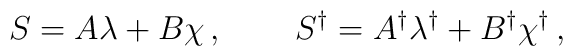
S=A\lambda +B\chi \, , \qquad \, S^\dagger =A^\dagger \lambda^\dagger +B^\dagger  \chi^\dagger \, ,